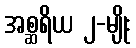
အစ္ဆရိယ ၂-မျိုး